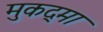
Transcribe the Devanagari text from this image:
मुकद्मा